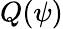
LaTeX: Q(\psi)